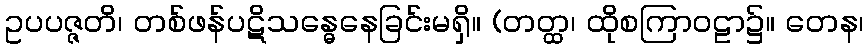
ဥပပဇ္ဇတိ၊ တစ်ဖန်ပဋိသန္ဓေနေခြင်းမရှိ။ (တတ္ထ၊ ထိုစကြာဝဠာ၌။ တေန၊